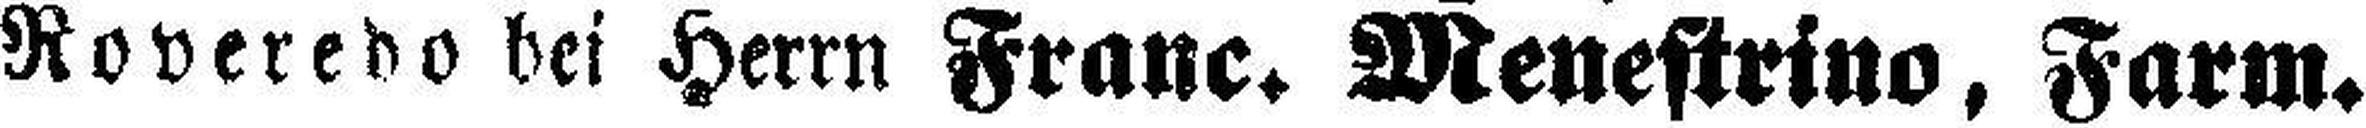
Roveredo bei Herrn Franc. Menestrino, Farm.